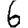
Digit: 6